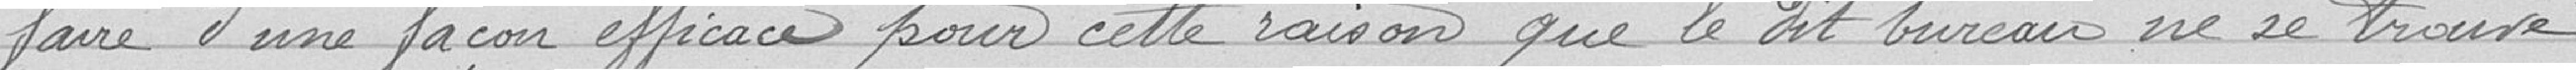
faire d'une façon efficace pour cette raison que le dit bureau ne se trouve